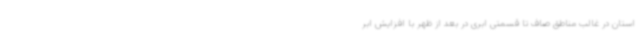
استان در غالب مناطق صاف تا قسمتی ابری در بعد از ظهر با افزایش ابر